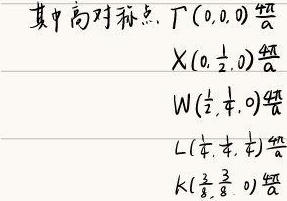
其中高对称点 $\Gamma(0,0,0)\frac{4\pi}{a}$
$X(0,\frac{1}{2},0)\frac{4\pi}{a}$
$W(\frac{1}{2},\frac{1}{4},0)\frac{4\pi}{a}$
$L(\frac{1}{2},\frac{1}{2},\frac{1}{2})\frac{4\pi}{a}$
$K(\frac{3}{8},\frac{3}{8},0)\frac{4\pi}{a}$